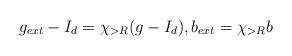
LaTeX: \begin{align*}g_{ext} - I_d = \chi_{> R}(g - I_d), b_{ext} = \chi_{> R} b \end{align*}